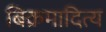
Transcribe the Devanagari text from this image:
बिक्रमादित्य